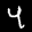
Label: 4